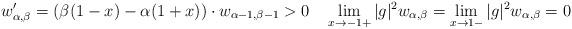
LaTeX: \begin{align*} w_{\alpha,\beta}'=\left(\beta(1-x)-\alpha(1+x)\right)\cdot w_{\alpha-1,\beta-1} >0 \quad \lim_{x\to-1+} |g|^2 w_{\alpha,\beta} =\lim_{x\to1-} |g|^2 w_{\alpha,\beta}=0 \end{align*}